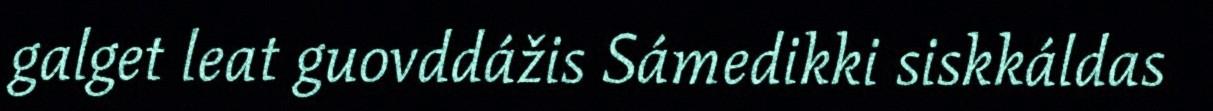
galget leat guovddážis Sámedikki siskkáldas